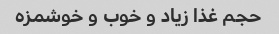
حجم غذا زیاد و خوب و خوشمزه